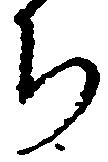
ち